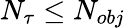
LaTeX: N_{\tau}\le N_{obj}